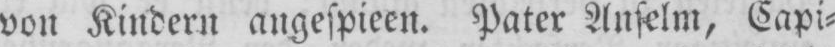
von Kindern angespieen. Pater Anselm, Capi⸗